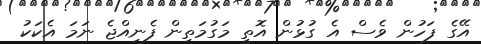
އޭގެ ފަހުން ވެސް އެ ގުޅުން އޮތީ މަގުމަތިން ފެނިއްޖެ ނަމަ އެކަކު